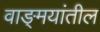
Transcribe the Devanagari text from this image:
वाङ्‍मयांतील